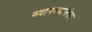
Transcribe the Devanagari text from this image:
व्यापल्यानंतर